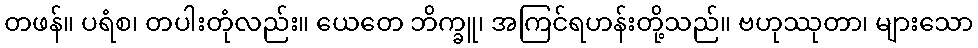
တဖန်။ ပရံစ၊ တပါးတုံလည်း။ ယေတေ ဘိက္ခူ၊ အကြင်ရဟန်းတို့သည်။ ဗဟုဿုတာ၊ များသော